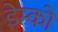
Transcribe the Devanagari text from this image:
डेम्को